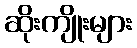
ဆိုးကျိုးများ